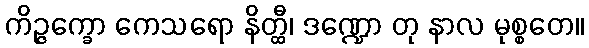
ကိဉ္ဇက္ခော ကေသရော နိတ္ထီ၊ ဒဏ္ဍော တု နာလ မုစ္စတေ။